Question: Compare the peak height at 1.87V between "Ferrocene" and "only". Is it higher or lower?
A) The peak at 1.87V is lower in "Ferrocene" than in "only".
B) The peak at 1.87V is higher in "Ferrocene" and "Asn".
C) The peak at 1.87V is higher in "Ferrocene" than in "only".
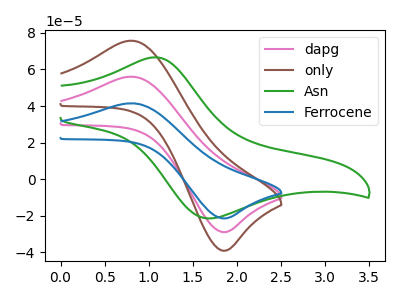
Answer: <think>The pink curve "dapg" has an anodic peak at (0.80V, 56.05uA) and a cathodic peak at (1.85V, -28.90uA). The brown curve "only" has an anodic peak at (0.80V, 112.10uA) and a cathodic peak at (1.85V, -57.80uA). The green curve "Asn" has an anodic peak at (1.10V, 66.65uA) and a cathodic peak at (1.65V, -21.35uA). The blue curve "Ferrocene" has an anodic peak at (0.80V, 41.50uA) and a cathodic peak at (1.85V, -21.40uA).</think>
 <answer>A) The peak at 1.87V is lower in "Ferrocene" than in "only".</answer>
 <eval>A</eval>